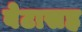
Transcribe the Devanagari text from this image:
बेटासह